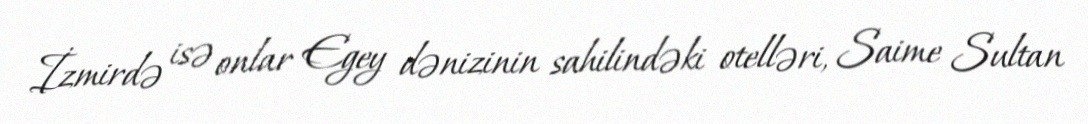
İzmirdə isə onlar Egey dənizinin sahilindəki otelləri, Saime Sultan